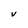
Character: V